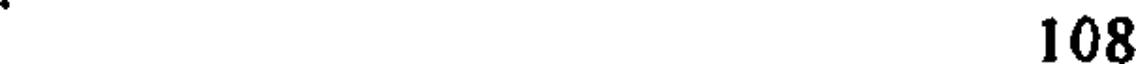
. 108